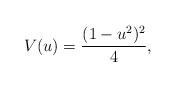
LaTeX: \begin{align*} V(u)=\frac{(1-u^2)^2}{4}, \end{align*}